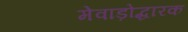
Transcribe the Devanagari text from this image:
मेवाड़ोद्धारक